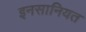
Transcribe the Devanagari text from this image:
इनसानियत